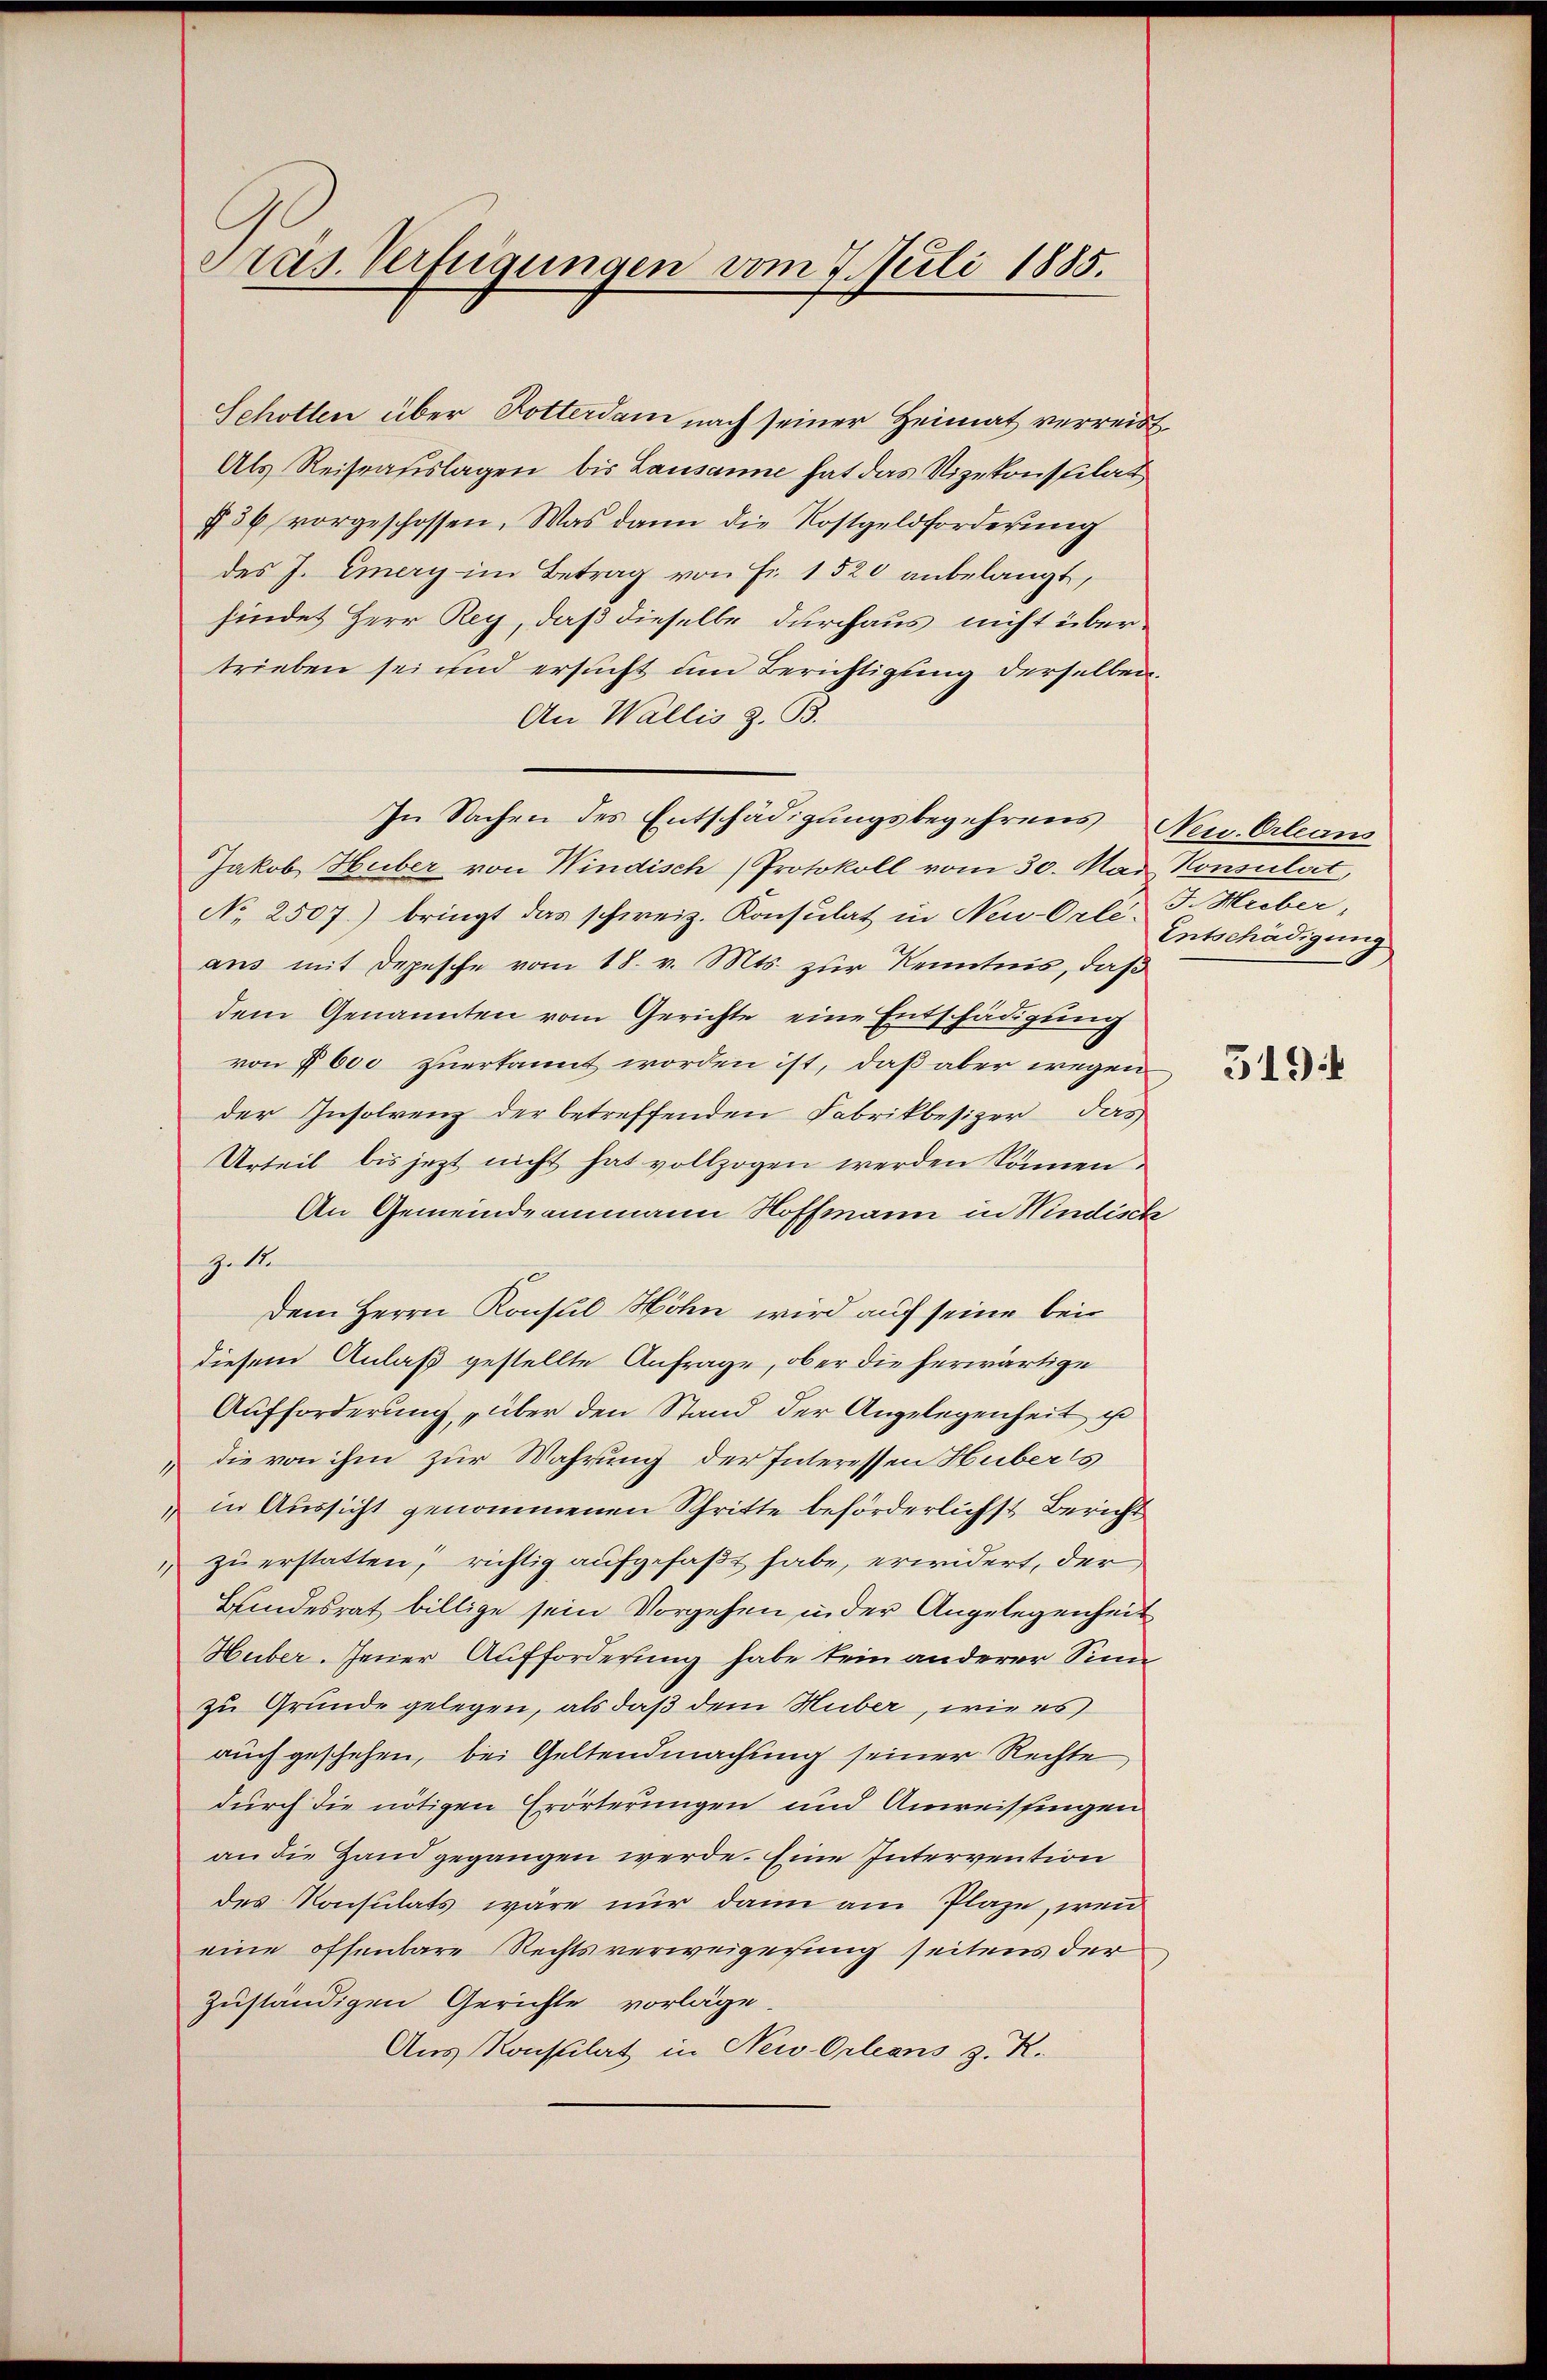
Pras. Verfügungen vom 7. Meili 1885.

Schollen über Dotterdam nach seiner Heimat verreist
Als Reitrauslagen bis Lausanne hat das Vizekonsulat
§56 vorgeschossen. Was dann die Kostgeldforderung
des J. Emery im Betrag von Fr. 1520 anbelangt,
findet Herr Rey, daß dieselbe durchaus nicht übertrieben sei und ersucht um Berichtigung derselben.
An Wallis z. B.
In Sachen des Entschädigungsbegehrens Neu Orleans
Jakob Huber von Windisch (Protokoll vom 30. Mai Konsulat,
No 2507.) bringt das schweiz. Konsulat in New-Orle-
aus mit Depesche vom 18. v. Mts. zur Kenntnis, daß
dem Genannten vom Gerichte eine Entschädigung
von Eboe zuerkannt worden ist, daß aber wegen
der Insolvenz der betreffenden Fabrikbesizer das
Urteil bis jezt nicht hat vollzogen werden können.
An Gemeindeammann Hoffmann in Windisch
Gelte
Dem Herrn Konsul Höhn wird auf seine bei
diesem Anlaß gestellte Anfrage, ober die herwärtige
Aufforderung, über den Stand der Angelegenheit ist
 die von ihm zur Wahrung der Interessen Hubers
in Aussicht genommenen Schritte beförderlichst Bericht
" zŭ erstatten, richtig aufgefaßt habe, erwidert, der
Bundesrat billige sein Vorgehen in der Angelegenheit
Huber. Jener Aufforderung habe kein anderer Sinn
zu Grunde gelegen, als daß dem Huber, wie es
auch geschehen, bei Geltendmachung seiner Rechte,
durch die nötigen Erörterungen und Anweissingen
an die Hand gegangen werde. Eine Intervention
des Konsulats wäre nur dann am Plaze, wenn
eine offenbare Rechtsverweigerung seitens der
zuständigen Gerichte vorläge.
Aus Konsulat in New-Orleans z. R.

J. Huber,
Entschädigung

5194